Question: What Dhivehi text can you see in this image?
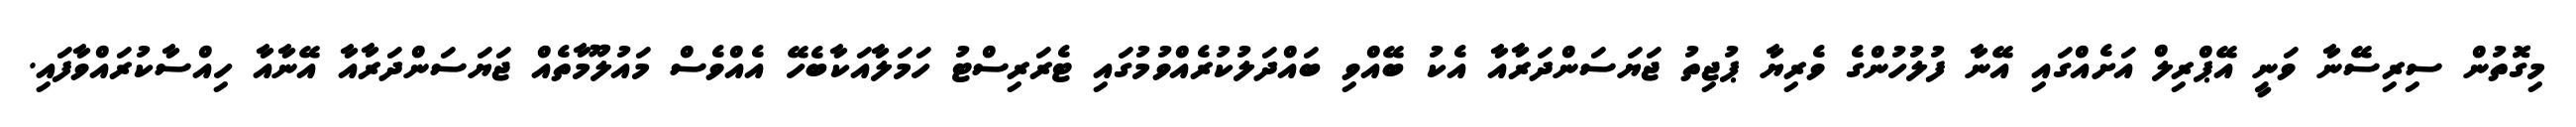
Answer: މިގޮތުން ސިރިސޭނާ ވަނީ އޭޕްރިލް އަށެއްގައި އޭނާ ފުލުހުންގެ ވެރިޔާ ޕުޖިތު ޖަޔަސަންދަރާއާ އެކު ބޭއްވި ބައްދަލުކުރެއްވުމުގައި ޓެރަރިސްޓު ހަމަލާއަކާބެހޭ އެއްވެސް މައުލޫމާތެއް ޖަޔަސަންދަރާއާ އޭނާއާ ހިއްސާކުރައްވާފައި.